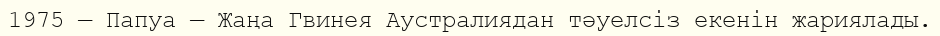
1975 — Папуа — Жаңа Гвинея Аустралиядан тәуелсіз екенін жариялады.